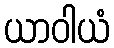
ယာဝါယံ